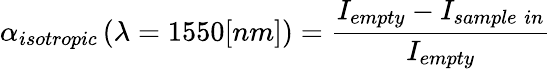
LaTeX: \alpha_{isotropic}\left(\lambda=1550[nm]\right)=\frac{I_{empty}-I_{sample\; in}}{I_{empty}}